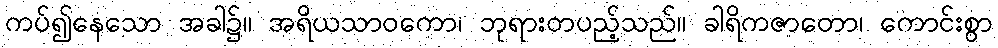
ကပ်၍နေသော အခါ၌။ အရိယသာဝကော၊ ဘုရားတပည့်သည်။ ခါရိကဇာတော၊ ကောင်းစွာ